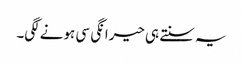
یہ سنتے ہی حیرانگی سی ہونے لگی۔